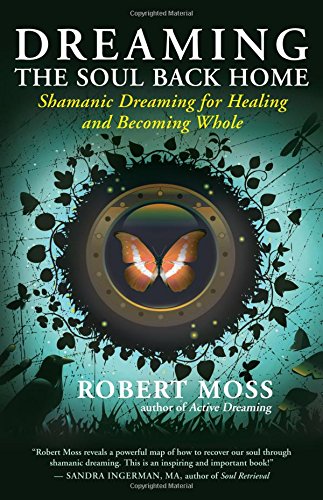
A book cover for Dreaming the Soul Back Home: Shamanic Dreaming for Healing and Becoming Whole; Robert Moss; Health, Fitness & Dieting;